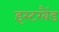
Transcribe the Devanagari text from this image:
इस्टरबैंड